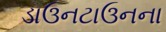
ડાઉનટાઉનના